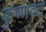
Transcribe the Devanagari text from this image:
कृष्णवट